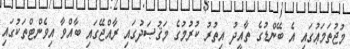
މުޖުތަމަޢުގައި އެ ބޭންޑުގެ ތާއީދު އިތުރު ކުރުމުގެ މަޤުޞަދުގައި ރާއްޖޭގައި ބާއްވާ އިވެންޓްތަކުގައި